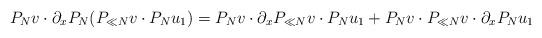
LaTeX: \begin{align*}P_N v \cdot \partial_x P_N(P_{\ll N}v \cdot P_N u_1) = P_N v \cdot \partial_x P_{\ll N}v \cdot P_N u_1 + P_N v \cdot P_{\ll N} v \cdot \partial_x P_N u_1\end{align*}